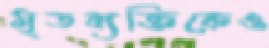
মৃতব্যক্তিকেও